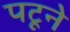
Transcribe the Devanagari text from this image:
पटूने